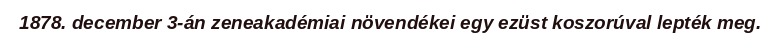
1878. december 3-án zeneakadémiai növendékei egy ezüst koszorúval lepték meg.